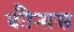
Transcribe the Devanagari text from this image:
कौनास